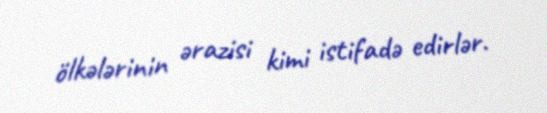
ölkələrinin ərazisi kimi istifadə edirlər.